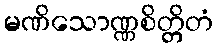
မဏိသောဏ္ဏစိတ္တိတံ